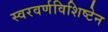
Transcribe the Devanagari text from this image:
स्वरवर्णविशिष्टेन